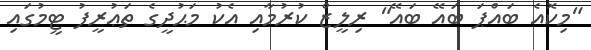
"މިކޮއެ ބައްޕަ ބައޭ ބައޭ" ރިލީޒް ކުރުމާއި އެކު މަޙުދީގެ ތަޢުރީފު ޓީމުގައި